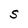
Character: S